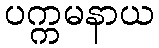
ပက္ကမနာယ